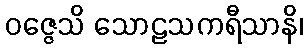
ဝဇ္ဇေသိ သောဠသကရီသာနိ၊